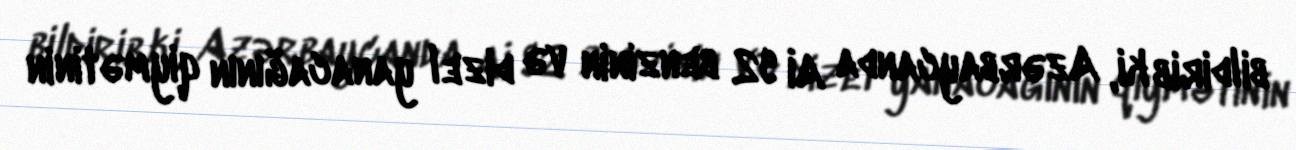
bildirib ki, Azərbaycanda Aİ 92 benzinin və dizel yanacağının qiymətinin